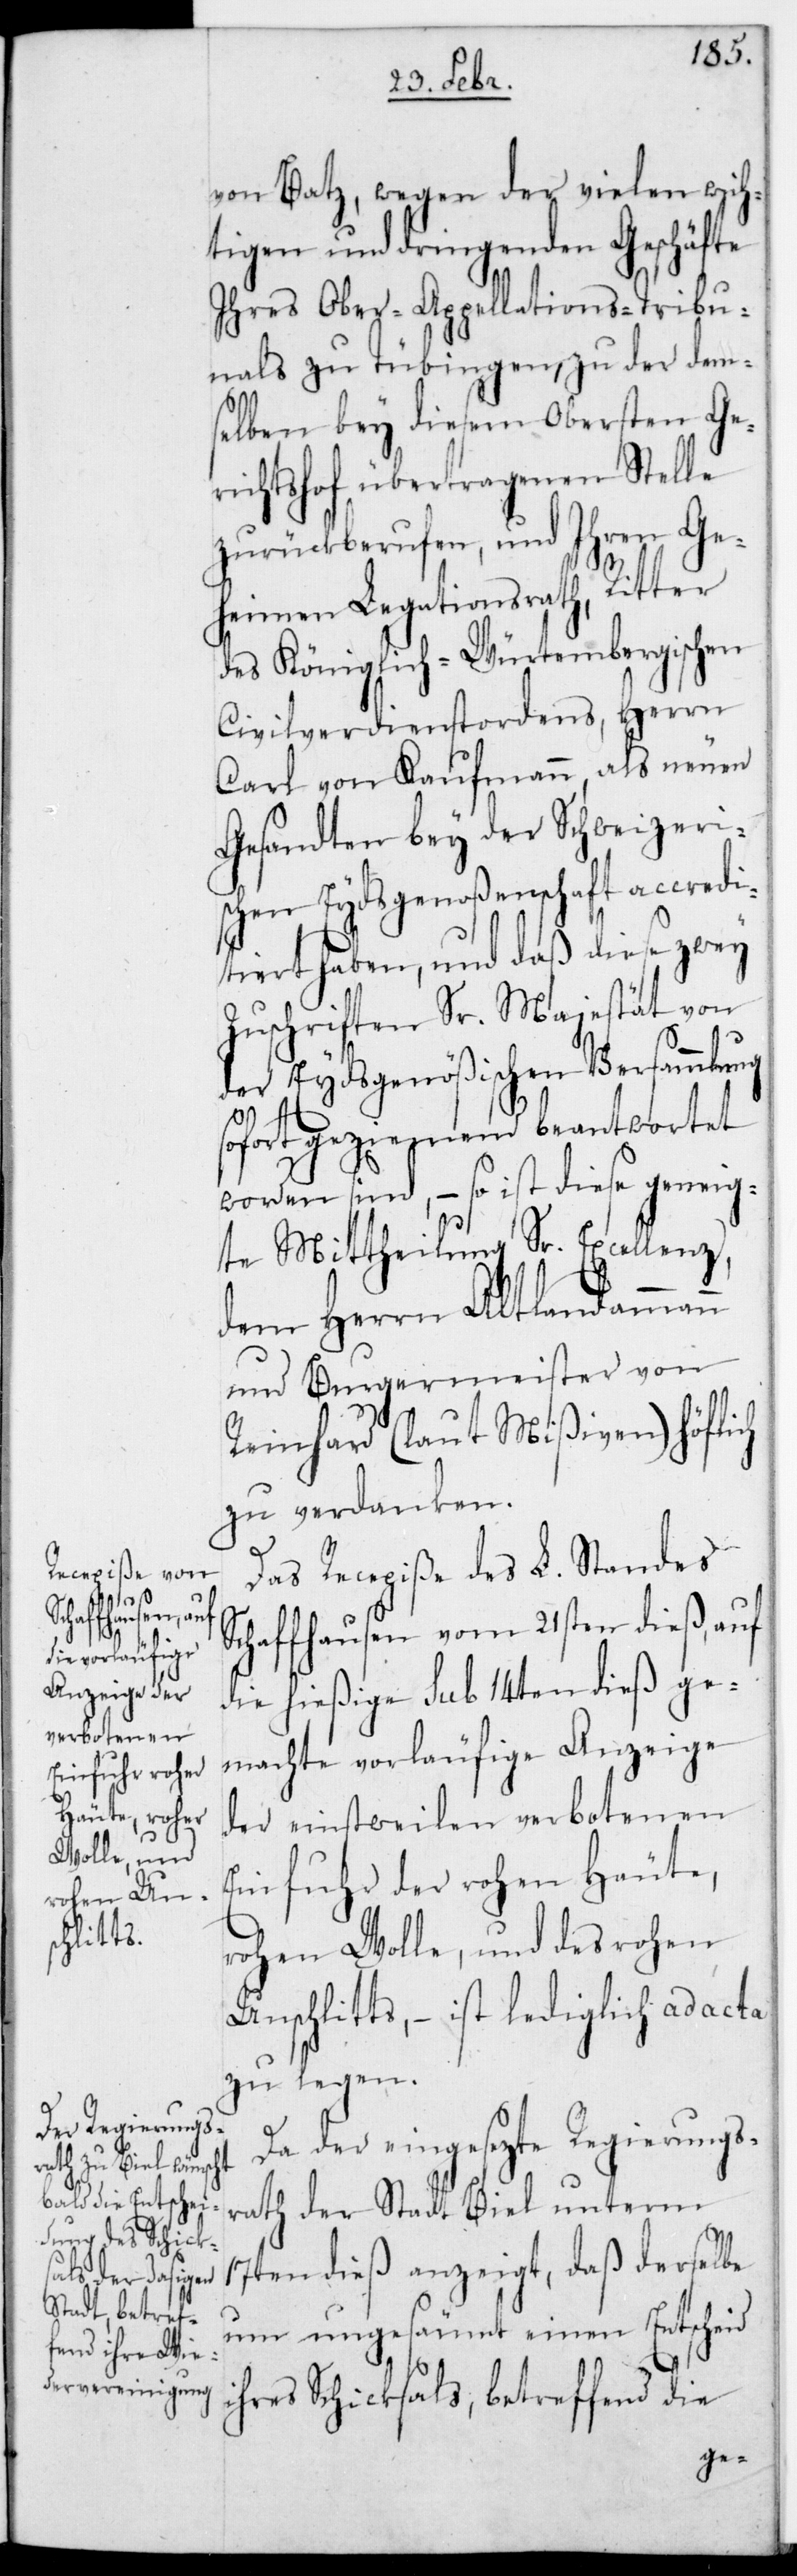
von Batz, wegen der vielen wich¬
tigen und dringenden Geschäfte
ihres Ober-Appellations-Tribu¬
nals zu Tübingen, zu der dem¬
selben bey diesem obersten Ge¬
richtshof übertragenen Stelle
zurückberufen, und Ihren Ge¬
heimen Legationsrath, Ritter
des Königlich-Würtembergischen
Civilverdienstordens, Herrn
Carl von Kaufmann, als neuen
Gesandten bey der Schweizeri¬
schen Eydsgenoßenschaft accredi¬
tiert haben, und daß diese zwey
Zuschriften Sr. Majestät von
der Eydsgenößischen Versammlung
sofort geziemend beantwortet
worden sind, – so ist diese geneig¬
te Mittheilung Sr. Excellenz
dem Herrn Altlandammann
und Burgermeister von
Reinhard (laut Mißiven) höflich
zu verdanken.
Das Recepiße des L. Standes
Schaffhausen vom 21sten dieß, auf
die hießige sub 14ten dieß ge¬
machte vorläufige Anzeige
der einstweilen verbotenen
Einfuhr der rohen Häute,
rohen Wolle und des rohen
Unschlitts, – ist lediglich ad acta
zu legen.
Da der eingesezte Regierungs¬
rath der Stadt Biel unterm
17ten dieß anzeigt, daß derselbe
nun ungesäumt einen Entscheid
ihres Schicksals, betreffend